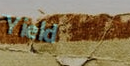
Yield